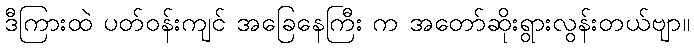
ဒီကြားထဲ ပတ်ဝန်းကျင် အခြေနေကြီး က အတော်ဆိုးရွားလွန်းတယ်ဗျာ။